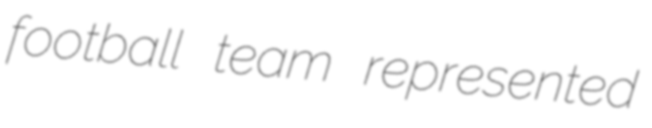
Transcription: football team represented